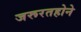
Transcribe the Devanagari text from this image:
जरूरतहोने